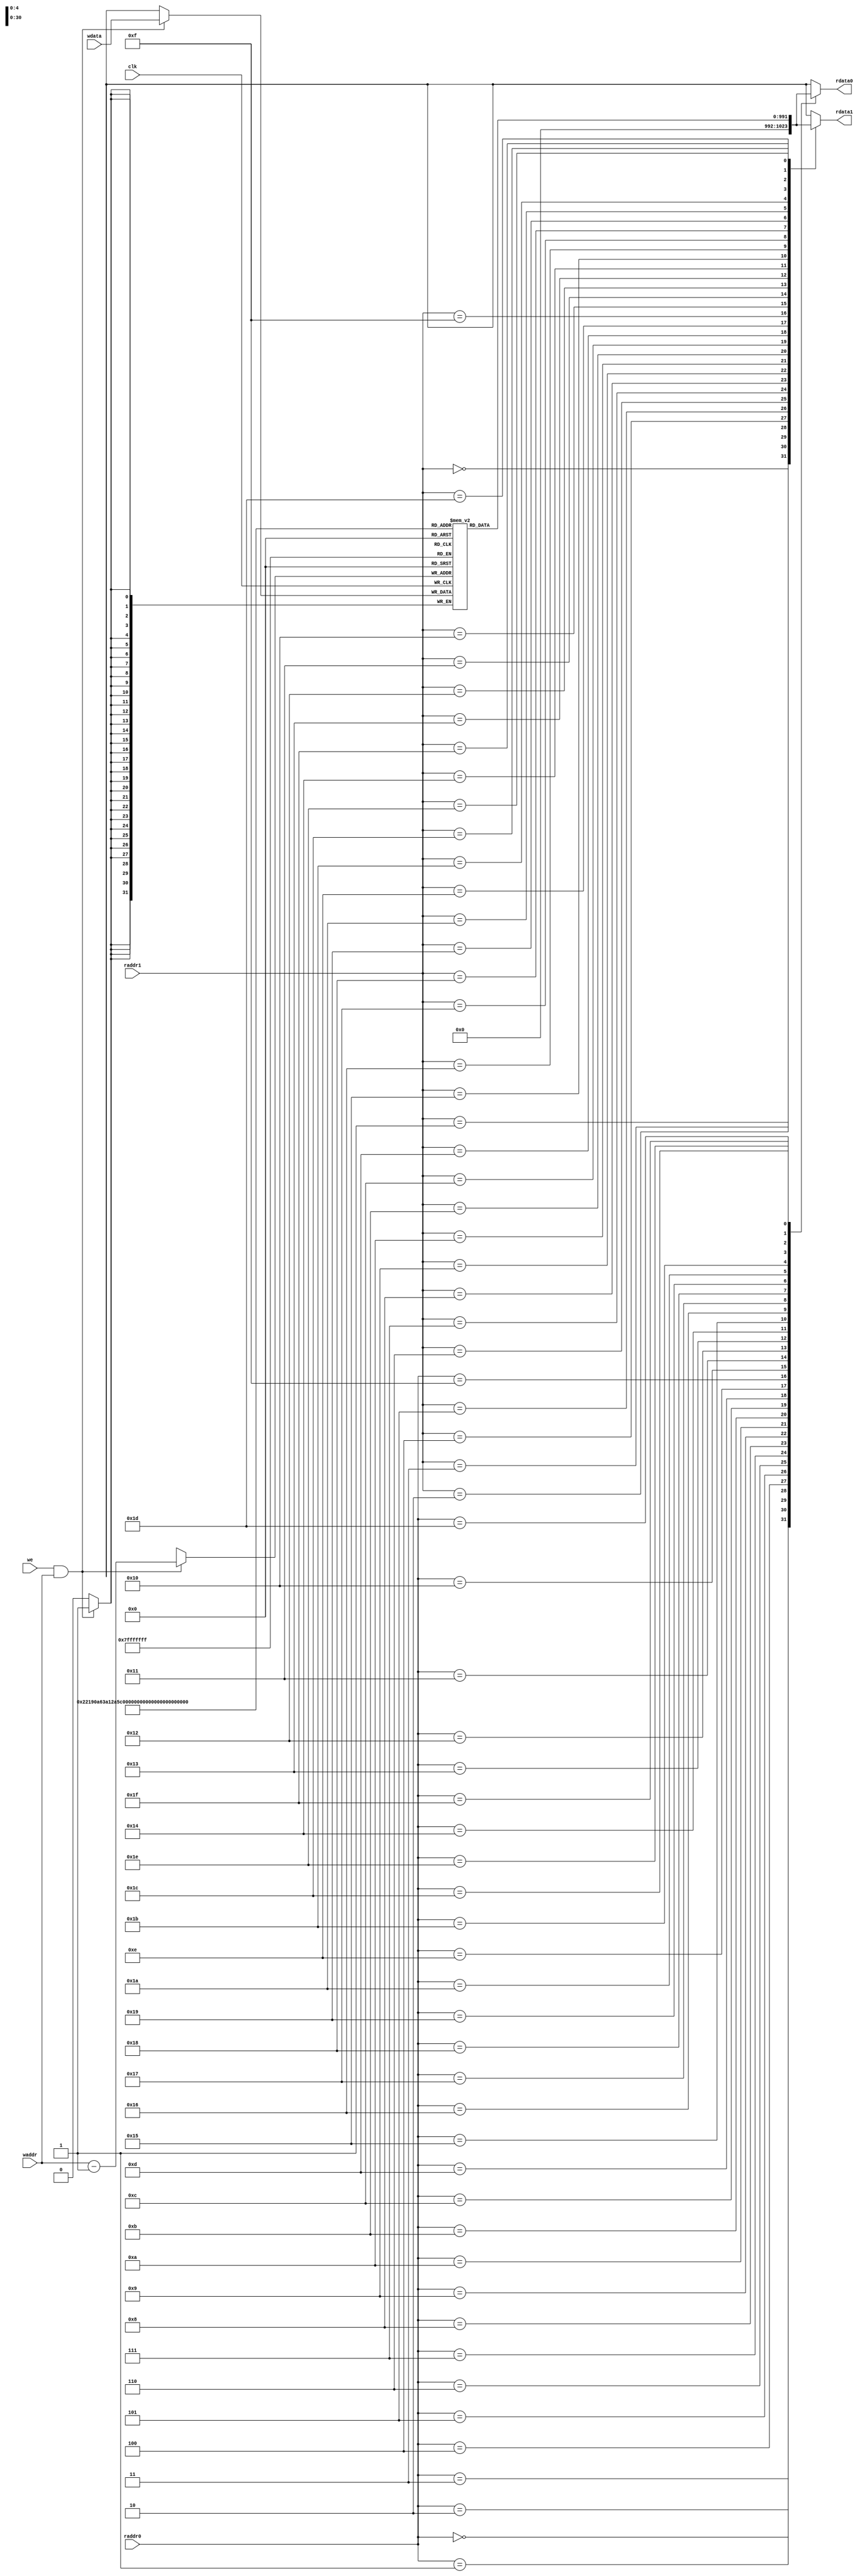
module regf(
    
    /* Input clocking signal */
    input wire clk,
    
    /* Two register addresses */
    input wire [4:0]raddr0,
    input wire [4:0]raddr1,

    /* Control signal - Write Enable */
    input wire we,

    /* Write register address */
    input wire [4:0]waddr,
    
    /* Data to be written to register */
    input wire [31:0]wdata,

    /* Register read by raddr0 addres */
    output wire [31:0]rdata0,
    
    /* Register read by raddr1 addres */
    output wire [31:0]rdata1
);

/* 32 registers, 32 bits wide each (x0-x31)  */
wire [31:0]x[31:0];

/* x0 is hardwired zero */
assign x[0] = 32'h0;

/* 31 registers containing values */
reg [31:0]registers[30:0];

generate
    genvar i;

    /* Initalize all registers with zeros */
    for (i = 1; i < 32; i = i + 1) begin: reg_init
        initial
            registers[i-1] = 32'h0;
    end

    /* Assign x[i] to corresponding reg */
    for (i = 1; i <= 31; i = i + 1) begin
        assign x[i] = registers[i-1];
    end

endgenerate

/* Read logic */
assign rdata0 = x[raddr0];
assign rdata1 = x[raddr1];

always @(posedge clk) begin
    
    /* Write logic */
    if (we && waddr) begin
        registers[waddr-1] <= wdata;
    end

    /*
    $strobe("x0:  %h x1:  %h x2:  %h x3:  %h \n", x[0],  x[1],  x[2],  x[3]);
    $strobe("x4:  %h x5:  %h x6:  %h x7:  %h \n", x[4],  x[5],  x[6],  x[7]);
    $strobe("x8:  %h x9:  %h x10: %h x11: %h \n", x[8],  x[9],  x[10], x[11]);
    $strobe("x12: %h x13: %h x14: %h x15: %h \n", x[12], x[13], x[14], x[15]);
    $strobe("x16: %h x17: %h x18: %h x19: %h \n", x[16], x[17], x[18], x[19]);
    $strobe("x20: %h x21: %h x22: %h x23: %h \n", x[20], x[21], x[22], x[23]);
    $strobe("x24: %h x25: %h x26: %h x27: %h \n", x[24], x[25], x[26], x[27]);
    $strobe("x28: %h x29: %h x30: %h x31: %h \n", x[28], x[29], x[30], x[31]);
    */
end

endmodule